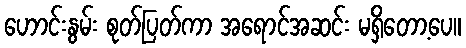
ဟောင်းနွမ်း စုတ်ပြတ်ကာ အရောင်အဆင်း မရှိတော့ပေ။